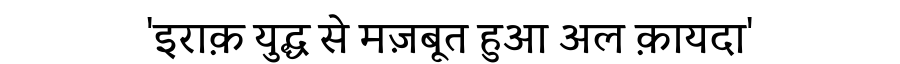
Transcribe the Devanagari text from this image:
'इराक़ युद्ध से मज़बूत हुआ अल क़ायदा'